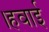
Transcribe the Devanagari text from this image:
।हवाई